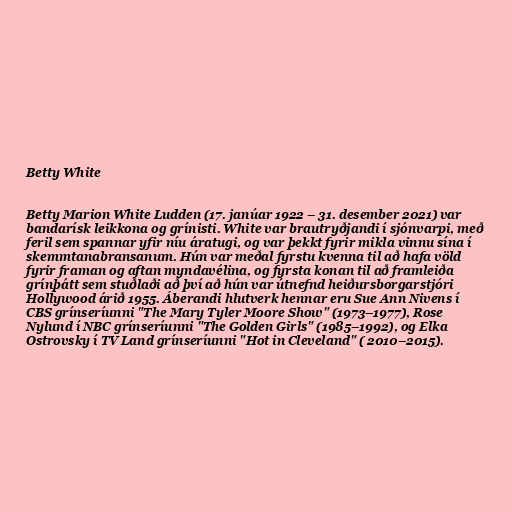
Betty White

Betty Marion White Ludden (17. janúar 1922 – 31. desember 2021) var
bandarísk leikkona og grínisti. White var brautryðjandi í sjónvarpi, með
feril sem spannar yfir níu áratugi, og var þekkt fyrir mikla vinnu sína í
skemmtanabransanum. Hún var meðal fyrstu kvenna til að hafa völd
fyrir framan og aftan myndavélina, og fyrsta konan til að framleiða
grínþátt sem stuðlaði að því að hún var útnefnd heiðursborgarstjóri
Hollywood árið 1955. Áberandi hlutverk hennar eru Sue Ann Nivens í
CBS grínseríunni "The Mary Tyler Moore Show" (1973–1977), Rose
Nylund í NBC grínseríunni "The Golden Girls" (1985–1992), og Elka
Ostrovsky í TV Land grínseríunni "Hot in Cleveland" ( 2010–2015).